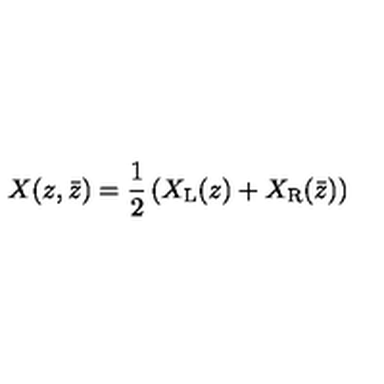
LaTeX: X ( z , \bar { z } ) = \frac { 1 } { 2 } \left( X _ { \mathrm { L } } ( z ) + X _ { \mathrm { R } } ( \bar { z } ) \right)